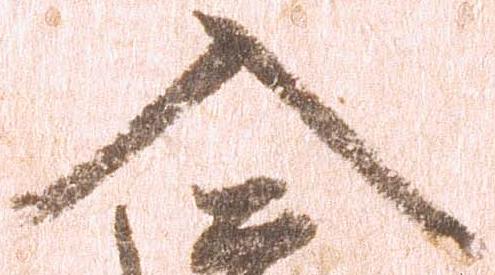
入